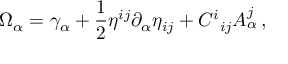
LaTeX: \Omega _ { \alpha } = \gamma _ { \alpha } + \frac { 1 } { 2 } \eta ^ { i j } \partial _ { \alpha } \eta _ { i j } + C ^ { i } { } _ { i j } A _ { \alpha } ^ { j } \, ,